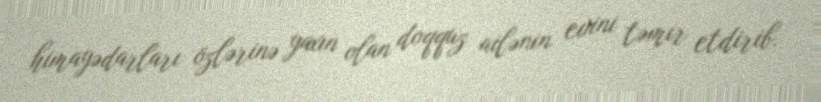
himayədarları özlərinə yaxın olan doqquz ailənin evini təmir etdirib.